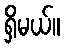
ရှိမယ်။